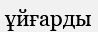
ұйғарды